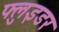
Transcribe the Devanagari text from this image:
फ्लुइडर